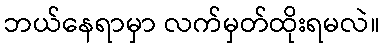
ဘယ်နေရာမှာ လက်မှတ်ထိုးရမလဲ။